Tezpur Lunatic Asylum reports 1877-1894 - 1877-1894
Year: 1877
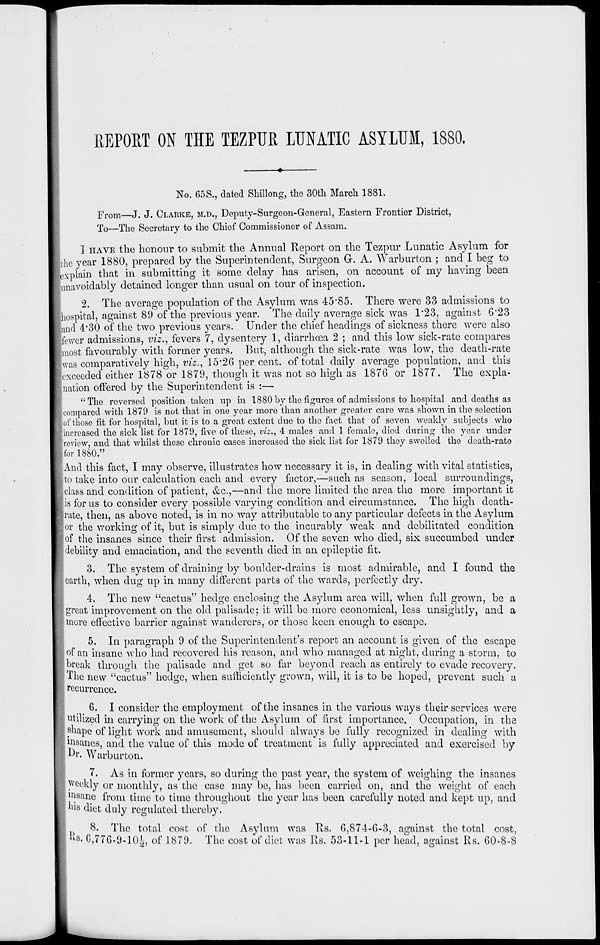
REPORT ON THE TEZPUR LUNATIC ASYLUM, 1880.
No. 60S., dated Shillong, the 30th March 1881.
'From—J. J. CLARKE, M.D., Deputy-Surgeon-General, Eastern Frontier District,
To—The Secretary to the Chief Commissioner of Assam.
I HAVE the honour to submit the Annual Report on the Tezpur Lunatic Asylum for
[the year 1880, prepared by the Superintendent, Surgeon G. A. Warburton ; and I beg to
explain that in submitting it some delay has arisen, on account of my having been
[unavoidably detained longer than usual on tour of inspection.
2. The average population of the Asylum was 45'85. There were 33 admissions to
hospital, against 89 of the previous year. The daily average sick was 1*23, against 6*23
and 4*30 of the two previous years. Under the chief headings of sickness there were also
fewer admissions, viz., fevers 7, dysentery 1, diarrhoea 2 ; and this low sick-rate compares
most favourably with former years. But, although the sick-rate was low, the death-rate
was comparatively high, viz., 15*26 per cent, of total daily average population, and this
exceeded either 1878 or 1879, though it was not so high as 1876 or 1877. The expla-
nation offered by the Superintendent is :—
" The reversed position taken up in 1880 by the figures of admissions to hospital and deaths as
compared with 1879 is not that in one year more than another greater care was shown in the selection
of those fit for hospital, but it is to a great extent due to the fact that of seven weakly subjects who
increased the sick list for 1879, five of these, viz., 4 males and 1 female, died during the year under
review, and that whilst these chronic cases increased the sick list for 1879 they swelled the death-rate
for 1880."
And this fact, I may observe, illustrates how necessary it is, in dealing with vital statistics,
to take into our calculation each and every factor,—such as season, local surroundings,
[class and condition of patient, &c,—and the more limited the area the more important it
is for us to consider every possible varying condition and circumstance. The high death-
rate, then, as above noted, is in no way attributable to any particular defects in the Asylum
or the working of it, but is simply due to the incurably weak and debilitated condition
of the insanes since their first admission. Of the seven who died, six succumbed under
debility and emaciation, and the seventh died in an epileptic fit.
3. The system of draining by boulder-drains is most admirable, and I found the
earth, when dug up in many different parts of the wards, perfectly dry.
4. The new "cactus" hedge enclosing the Asylum area will, when full grown, be a
great improvement on the old palisade; it will be more economical, less unsightly, and a
more effective barrier against wanderers, or those keen enough to escape.
5. In paragraph 9 of the Superintendent's report an account is given of the escape
of an insane who had recovered his reason, and who managed at night, during a storm, to
break through the palisade and get so far beyond reach as entirely to evade recovery.
The new "cactus" hedge, when sufficiently grown, will, it is to be hoped, prevent such a
recurrence.
6. I consider the employment of the insanes in the various ways their services were
utilized in carrying on the work of the Asylum of first importance.' Occupation, in the
shape of light work and amusement, should always be fully recognized in dealing with
insanes, and the value of this mode of treatment is fully appreciated and exercised by
Ur. Warburton.
7. As in former years, so during the past year, the system of weighing the insanes
Weekly or monthly, as the case may be, has been carried on, and the weight of each
jnsane from time to time throughout the year has been carefully noted and kept up, and
1 his diet duly regulated thereby.
8. The total cost of the Asylum was Rs. 6,874-6-3, against the total cost,
K8. G,776-9-10i, of 1879 - T he cost of diet was Rs. 53-11-1 per head, against Rs. 60^8-8